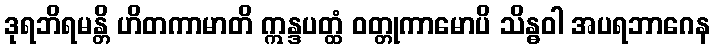
ဒုရဘိရမန္တိ ဟိတကာမာတိ ဣန္ဒပတ္ထံ ဝတ္တုကာမောပိ သိန္ဓဝါ အပရဘာဂေန